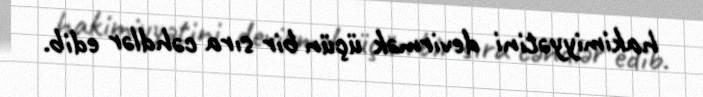
hakimiyyətini devirmək üçün bir sıra cəhdlər edib.